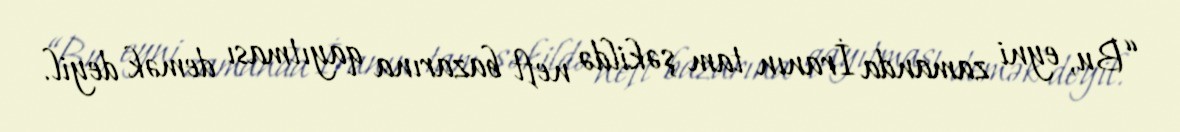
“Bu, eyni zamanda İranın tam şəkildə neft bazarına qayıtması demək deyil.